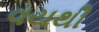
વયથી